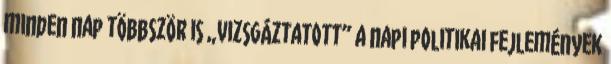
minden nap többször is „vizsgáztatott” a napi politikai fejlemények